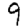
Digit: 9